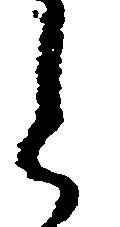
と